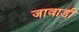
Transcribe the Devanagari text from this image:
जावाडी